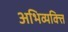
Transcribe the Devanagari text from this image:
अभिव्यक्त्ति